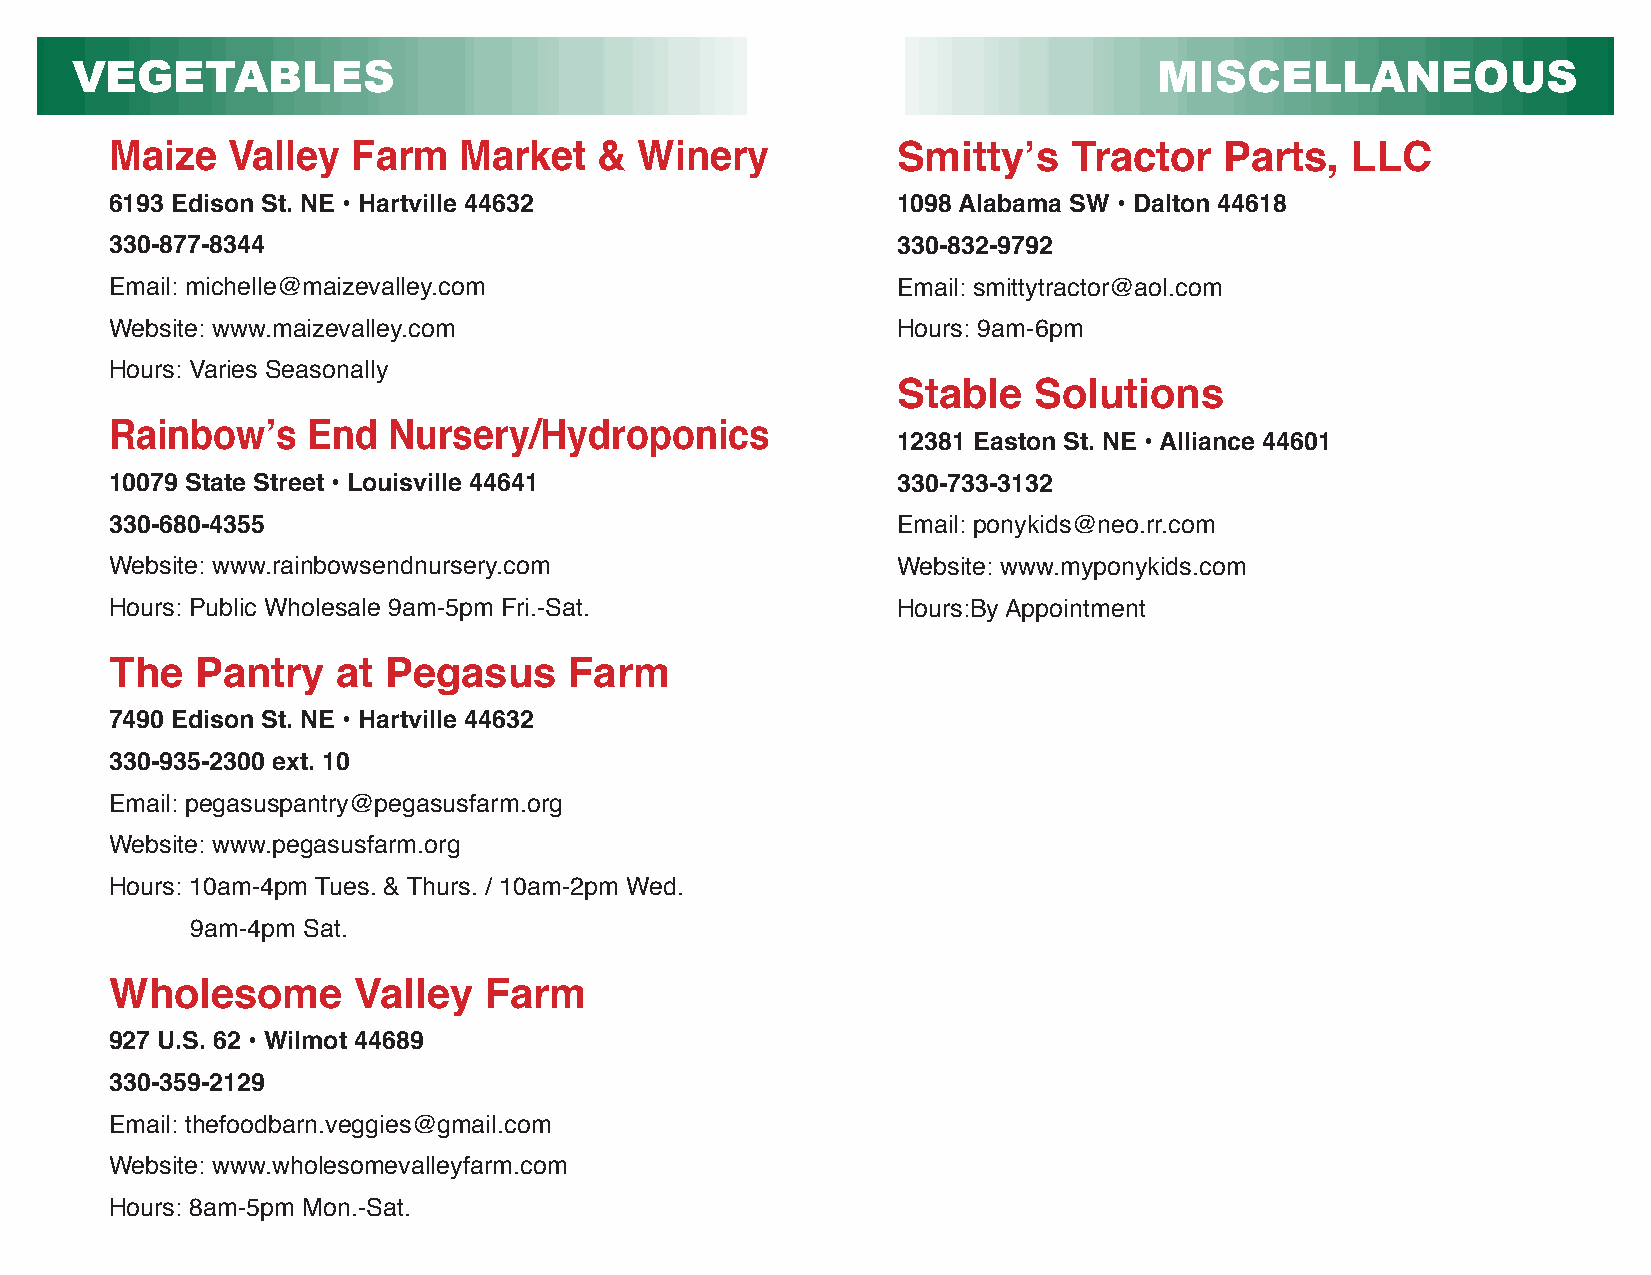
VEGETABLES                                                              MISCELLANEOUS
 Maize   Valley  Farm   Market    & Winery           Smitty’s    Tractor   Parts,  LLC
 6193 Edison St. NE • Hartville 44632                1098 Alabama SW • Dalton 44618
 330-877-8344                                        330-832-9792
 Email: michelle@maizevalley.com                     Email: smittytractor@aol.com
 Website: www.maizevalley.com                        Hours: 9am-6pm
 Hours: Varies Seasonally
 Stable   Solutions
 Rainbow’s    End   Nursery/Hydroponics
 12381 Easton St. NE • Alliance 44601
 10079 State Street • Louisville 44641               330-733-3132
 330-680-4355                                        Email: ponykids@neo.rr.com
 Website: www.rainbowsendnursery.com                 Website: www.myponykids.com
 Hours: Public Wholesale 9am-5pm Fri.-Sat.           Hours:By Appointment
 The   Pantry   at Pegasus      Farm
 7490 Edison St. NE • Hartville 44632
 330-935-2300 ext. 10
 Email: pegasuspantry@pegasusfarm.org
 Website: www.pegasusfarm.org
 Hours: 10am-4pm Tues. & Thurs. / 10am-2pm Wed.
 9am-4pm Sat.
 Wholesome       Valley   Farm
 927 U.S. 62 • Wilmot 44689
 330-359-2129
 Email: thefoodbarn.veggies@gmail.com
 Website: www.wholesomevalleyfarm.com
 Hours: 8am-5pm Mon.-Sat.